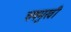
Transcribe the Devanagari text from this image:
चषमुखी